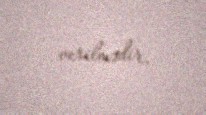
verilmədir.